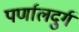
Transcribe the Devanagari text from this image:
पर्णालदुर्ग